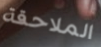
الملاحقة